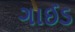
ગાઈડ